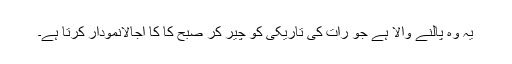
یہ وہ پالنے والا ہے جو رات کی تاریکی کو چیر کر صبح کا کا اجالانمودار کرتا ہے۔